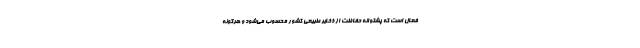
فعال است که پشتوانه حفاظت از ذخایر طبیعی کشور محسوب می‌شود و هرگونه